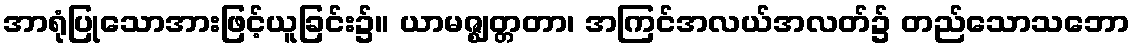
အာရုံပြုသောအားဖြင့်ယူခြင်း၌။ ယာမဇ္ဈတ္တတာ၊ အကြင်အလယ်အလတ်၌ တည်သောသဘော